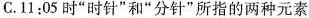
C.11:05时”时针”和”分针”所指的两种元素